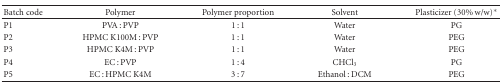
<table><thead><tr><td><b>Batch code</b></td><td><b>Polymer</b></td><td><b>Polymer proportion</b></td><td><b>Solvent</b></td><td><b>Plasticizer (30% w/w)*</b></td></tr></thead><tbody><tr><td>P1</td><td>PVA : PVP</td><td>1 : 1</td><td>Water</td><td>PG</td></tr><tr><td>P2</td><td>HPMC K100M : PVP</td><td>1 : 1</td><td>Water</td><td>PEG</td></tr><tr><td>P3</td><td>HPMC K4M : PVP</td><td>1 : 1</td><td>Water</td><td>PEG</td></tr><tr><td>P4</td><td>EC : PVP</td><td>1 : 4</td><td>CHCl<sub>3</sub></td><td>PG</td></tr><tr><td>P5</td><td>EC : HPMC K4M</td><td>3 : 7</td><td>Ethanol : DCM</td><td>PEG</td></tr></tbody></table>